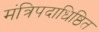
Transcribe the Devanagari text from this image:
मंत्रिपदाधिष्ठित